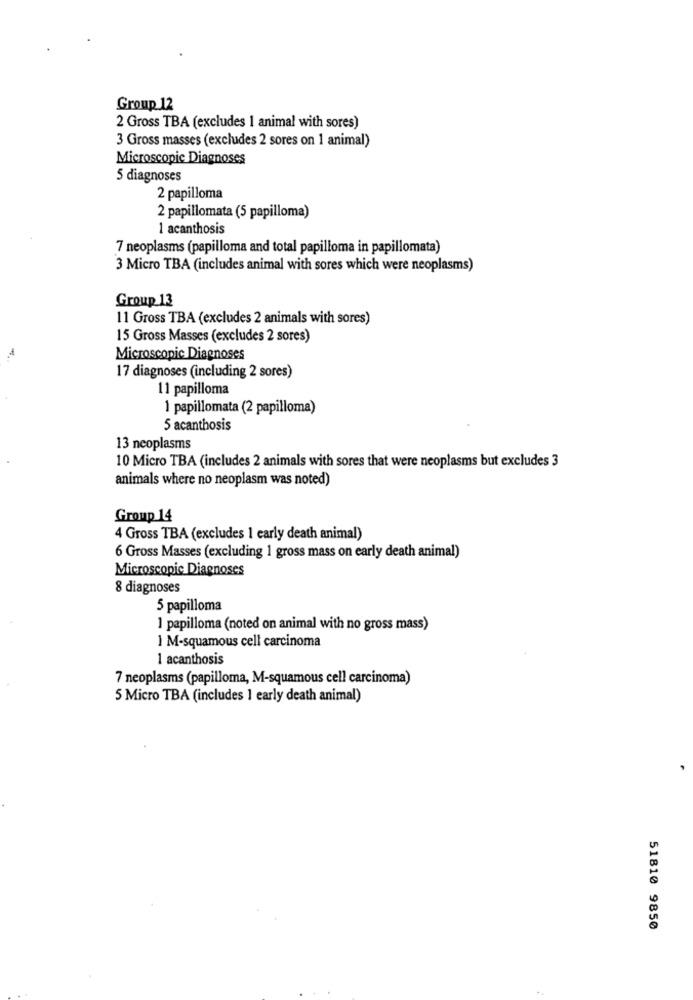
Group 12
2 Gross TBA (excludes 1 animal with sores)
3 Gross masses (excludes 2 sores on 1 animal)
Microscopic Diagnoses
5 diagnoses
2 papilloma
2 papillomata (5 papilloma)
1 acanthosis
7 neoplasms (papilloma and total papilloma in papillomata)
3 Micro TBA (includes animal with sores which were neoplasms)
Group 13
11 Gross TBA (excludes 2 animals with sores)
15 Gross Masses (excludes 2 sores)
Microscopic Diagnoses
17 diagnoses (including 2 sores)
11 papilloma
1 papillomata (2 papilloma)
5 acanthosis
13 neoplasms
10 Micro TBA (includes 2 animals with sores that were neoplasms but excludes 3
animals where no neoplasm was noted)
Group 14
4 Gross TBA (excludes 1 early death animal)
6 Gross Masses (excluding 1 gross mass on early death animal)
Microscopic Diagnoses
8 diagnoses
5 papilloma
1 papilloma (noted on animal with no gross mass)
1 M-squamous cell carcinoma
1 acanthosis
7 neoplasms (papilloma, M-squamous cell carcinoma)
5 Micro TBA (includes 1 early death animal)
51810 9850